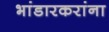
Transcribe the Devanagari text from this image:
भांडारकरांना